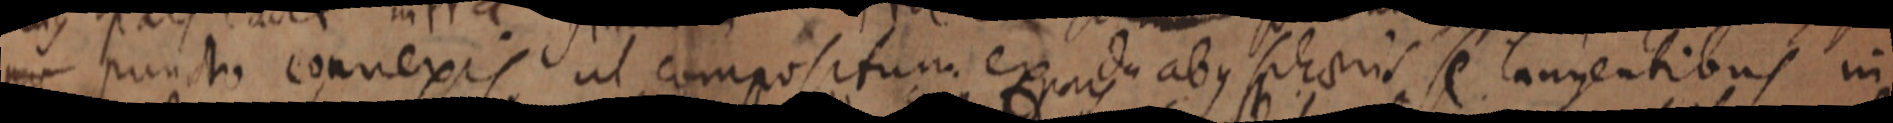
per puncto convexis ut compositum ex duabus sphaeris se tangentibus in